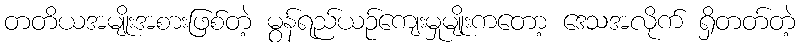
တတိယအမျိုးအစားဖြစ်တဲ့ မွန်ရည်ယဉ်ကျေးမှုမျိုးကတော့ ဒေသအလိုက် ရှိတတ်တဲ့